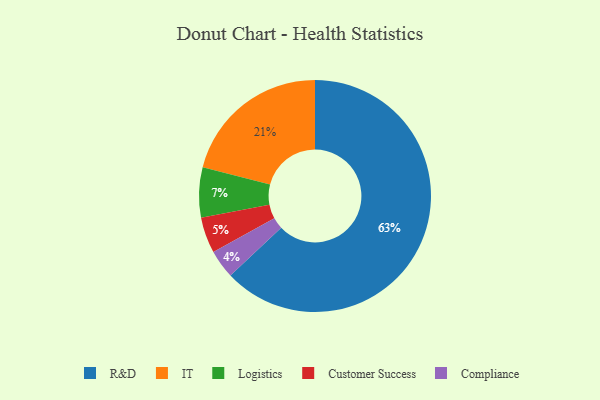
{"axis": {"x": "Category", "y": "Percentage"}, "legend": ["Compliance", "Customer Success", "IT", "Logistics", "R&D"], "data": [{"x": "R&D", "y": 63, "type": "R&D"}, {"x": "Logistics", "y": 7, "type": "Logistics"}, {"x": "IT", "y": 21, "type": "IT"}, {"x": "Customer Success", "y": 5, "type": "Customer Success"}, {"x": "Compliance", "y": 4, "type": "Compliance"}]}